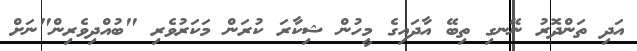
އަދި ތަންދޮރު ނޭނގި ތިބޭ އާދައިގެ މީހުން ޝިކާރަ ކުރަން މަކަރުވެރި "ބުއްދިވެރިން"ނަށް